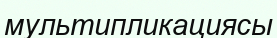
мультипликациясы